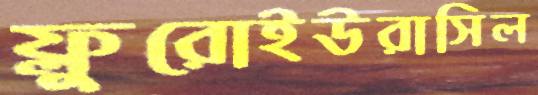
ফ্লুরোইউরাসিল